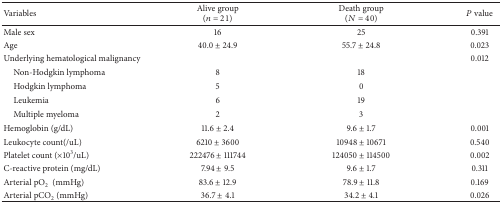
| Variables | Alive group (n = 21) | Death group (N = 40) | P value |
 | --- | --- | --- | --- |
 | Male sex | 16 | 25 | 0.391 |
 | Age | 40.0 ± 24.9 | 55.7 ± 24.8 | 0.023 |
 | Underlying hematological malignancy |  |  | 0.012 |
 | Non-Hodgkin lymphoma | 8 | 18 |  |
 | Hodgkin lymphoma | 5 | 0 |  |
 | Leukemia | 6 | 19 |  |
 | Multiple myeloma | 2 | 3 |  |
 | Hemoglobin (g/dL) | 11.6 ± 2.4 | 9.6 ± 1.7 | 0.001 |
 | Leukocyte count(/uL) | 6210 ± 3600 | 10948 ± 10671 | 0.540 |
 | Platelet count (×103/uL) | 222476 ± 111744 | 124050 ± 114500 | 0.002 |
 | C-reactive protein (mg/dL) | 7.94 ± 9.5 | 9.6 ± 1.7 | 0.311 |
 | Arterial pO2 (mmHg) | 83.6 ± 12.9 | 78.9 ± 11.8 | 0.169 |
 | Arterial pCO2 (mmHg) | 36.7 ± 4.1 | 34.2 ± 4.1 | 0.026 |